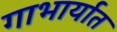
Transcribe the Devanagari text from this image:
गाभार्यात